Scottish Leaving Certificate Examination, 1961
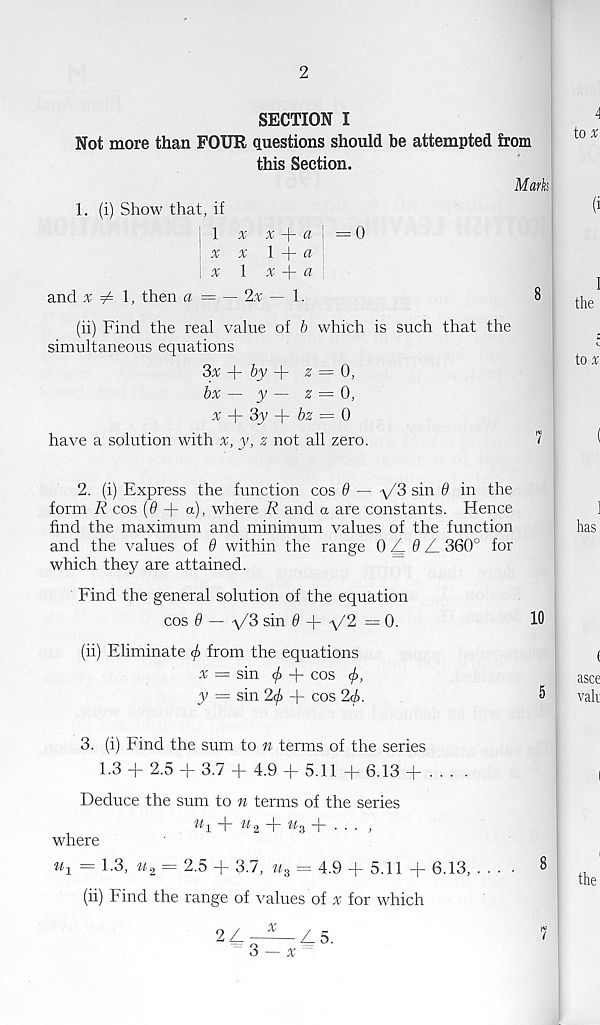
2
SECTION I
Not more than FOUR questions should be attempted from
this Section.
Mark
1. (i) Show that, if
| 1 x .r i a
— <)
\ x x 1 + a
\ x 1 x
a
and x ^ l, then a = — 2% — 1.
8
(ii) Find the real value of b which is such that the
simultaneous equations
?>x
by -\- 2 = 0,
bx — y — 2 = 0,
a; + 3_y + &2 = 0
have a solution with x, y, z not all zero.
1
2. (i) Express the function cos 9 — \/3 sin 9 in the
form R cos (0 + a), where R and a are constants. Hence
find the maximum and minimum values of the function
and the values of 9 within the range 9) ^9 /_ 360° for
which they are attained.
Find the general solution of the equation
cos 9 — V3 sin 9 + y'2 = 0.
(ii) Eliminate </> from the equations
x = sin (/> + cos (f>,
y = sin 20 + cos 26.
3. (i) Find the sum to n terms of the series
1-3
2.5 d - 3./ -\- 4.9
5.11 -F 6.13
Deduce the sum to n terms of the series
+ W 2 +
+ • • • )
where
u i = 1-3, w 2 = 2.5
3.7, u 3 = 4.9 -j- 5.11 -|- 6.13, .
(ii) Find the range of values of x for which
10
5
8
2 Z. ——— Zl 5.
3 — x